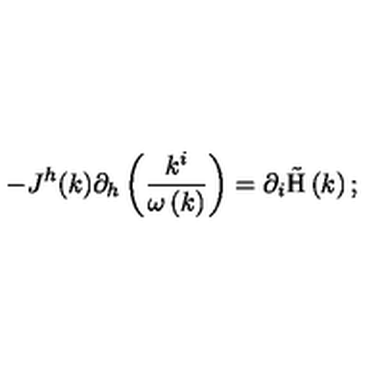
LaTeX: - J ^ { h } ( k ) \partial _ { h } \left( \frac { k ^ { i } } { \omega \left( k \right) } \right) = \partial _ { i } \mathrm { \tilde { H } } \left( k \right) ;